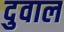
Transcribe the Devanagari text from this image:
दुवाल